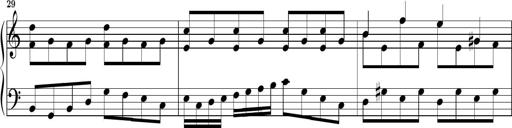
Title: Piano Sonatina No.1
Composer: Dimitri Sykias
Key: D minor